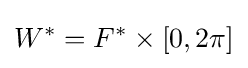
W^{*}=F^{*}\times [0,2\pi ]